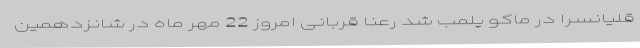
قلیانسرا در ماکو پلمب شد رعنا قربانی امروز 22 مهر ماه در شانزدهمین